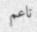
ناعم